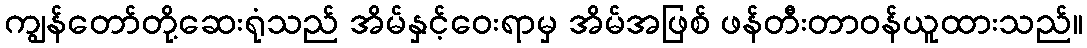
ကျွန်တော်တို့ဆေးရုံသည် အိမ်နှင့်ဝေးရာမှ အိမ်အဖြစ် ဖန်တီးတာဝန်ယူထားသည်။